Indian journal of veterinary science and animal husbandry - Volume 6,
Year: 1936
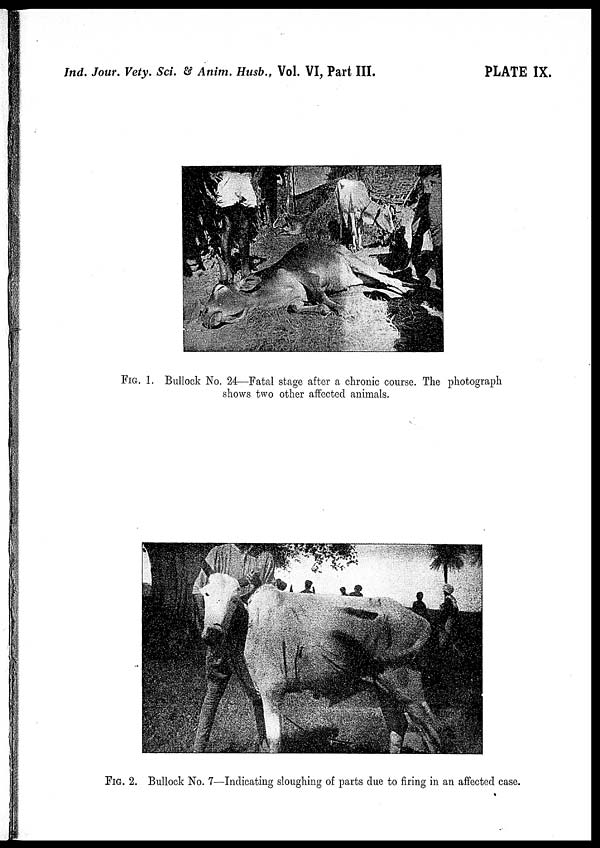
Ind. Jour. Vety. Sci. & Anim. Husb., Vol. VI, Part III.
PLATE IX.
FIG. 1. Bullock No. 24—Fatal stage after a chronic course. The photograph
shows two other affected animals.
FIG. 2. Bullock No. 7—Indicating sloughing of parts due to firing in an affected case.